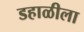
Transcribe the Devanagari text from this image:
डहाळीला